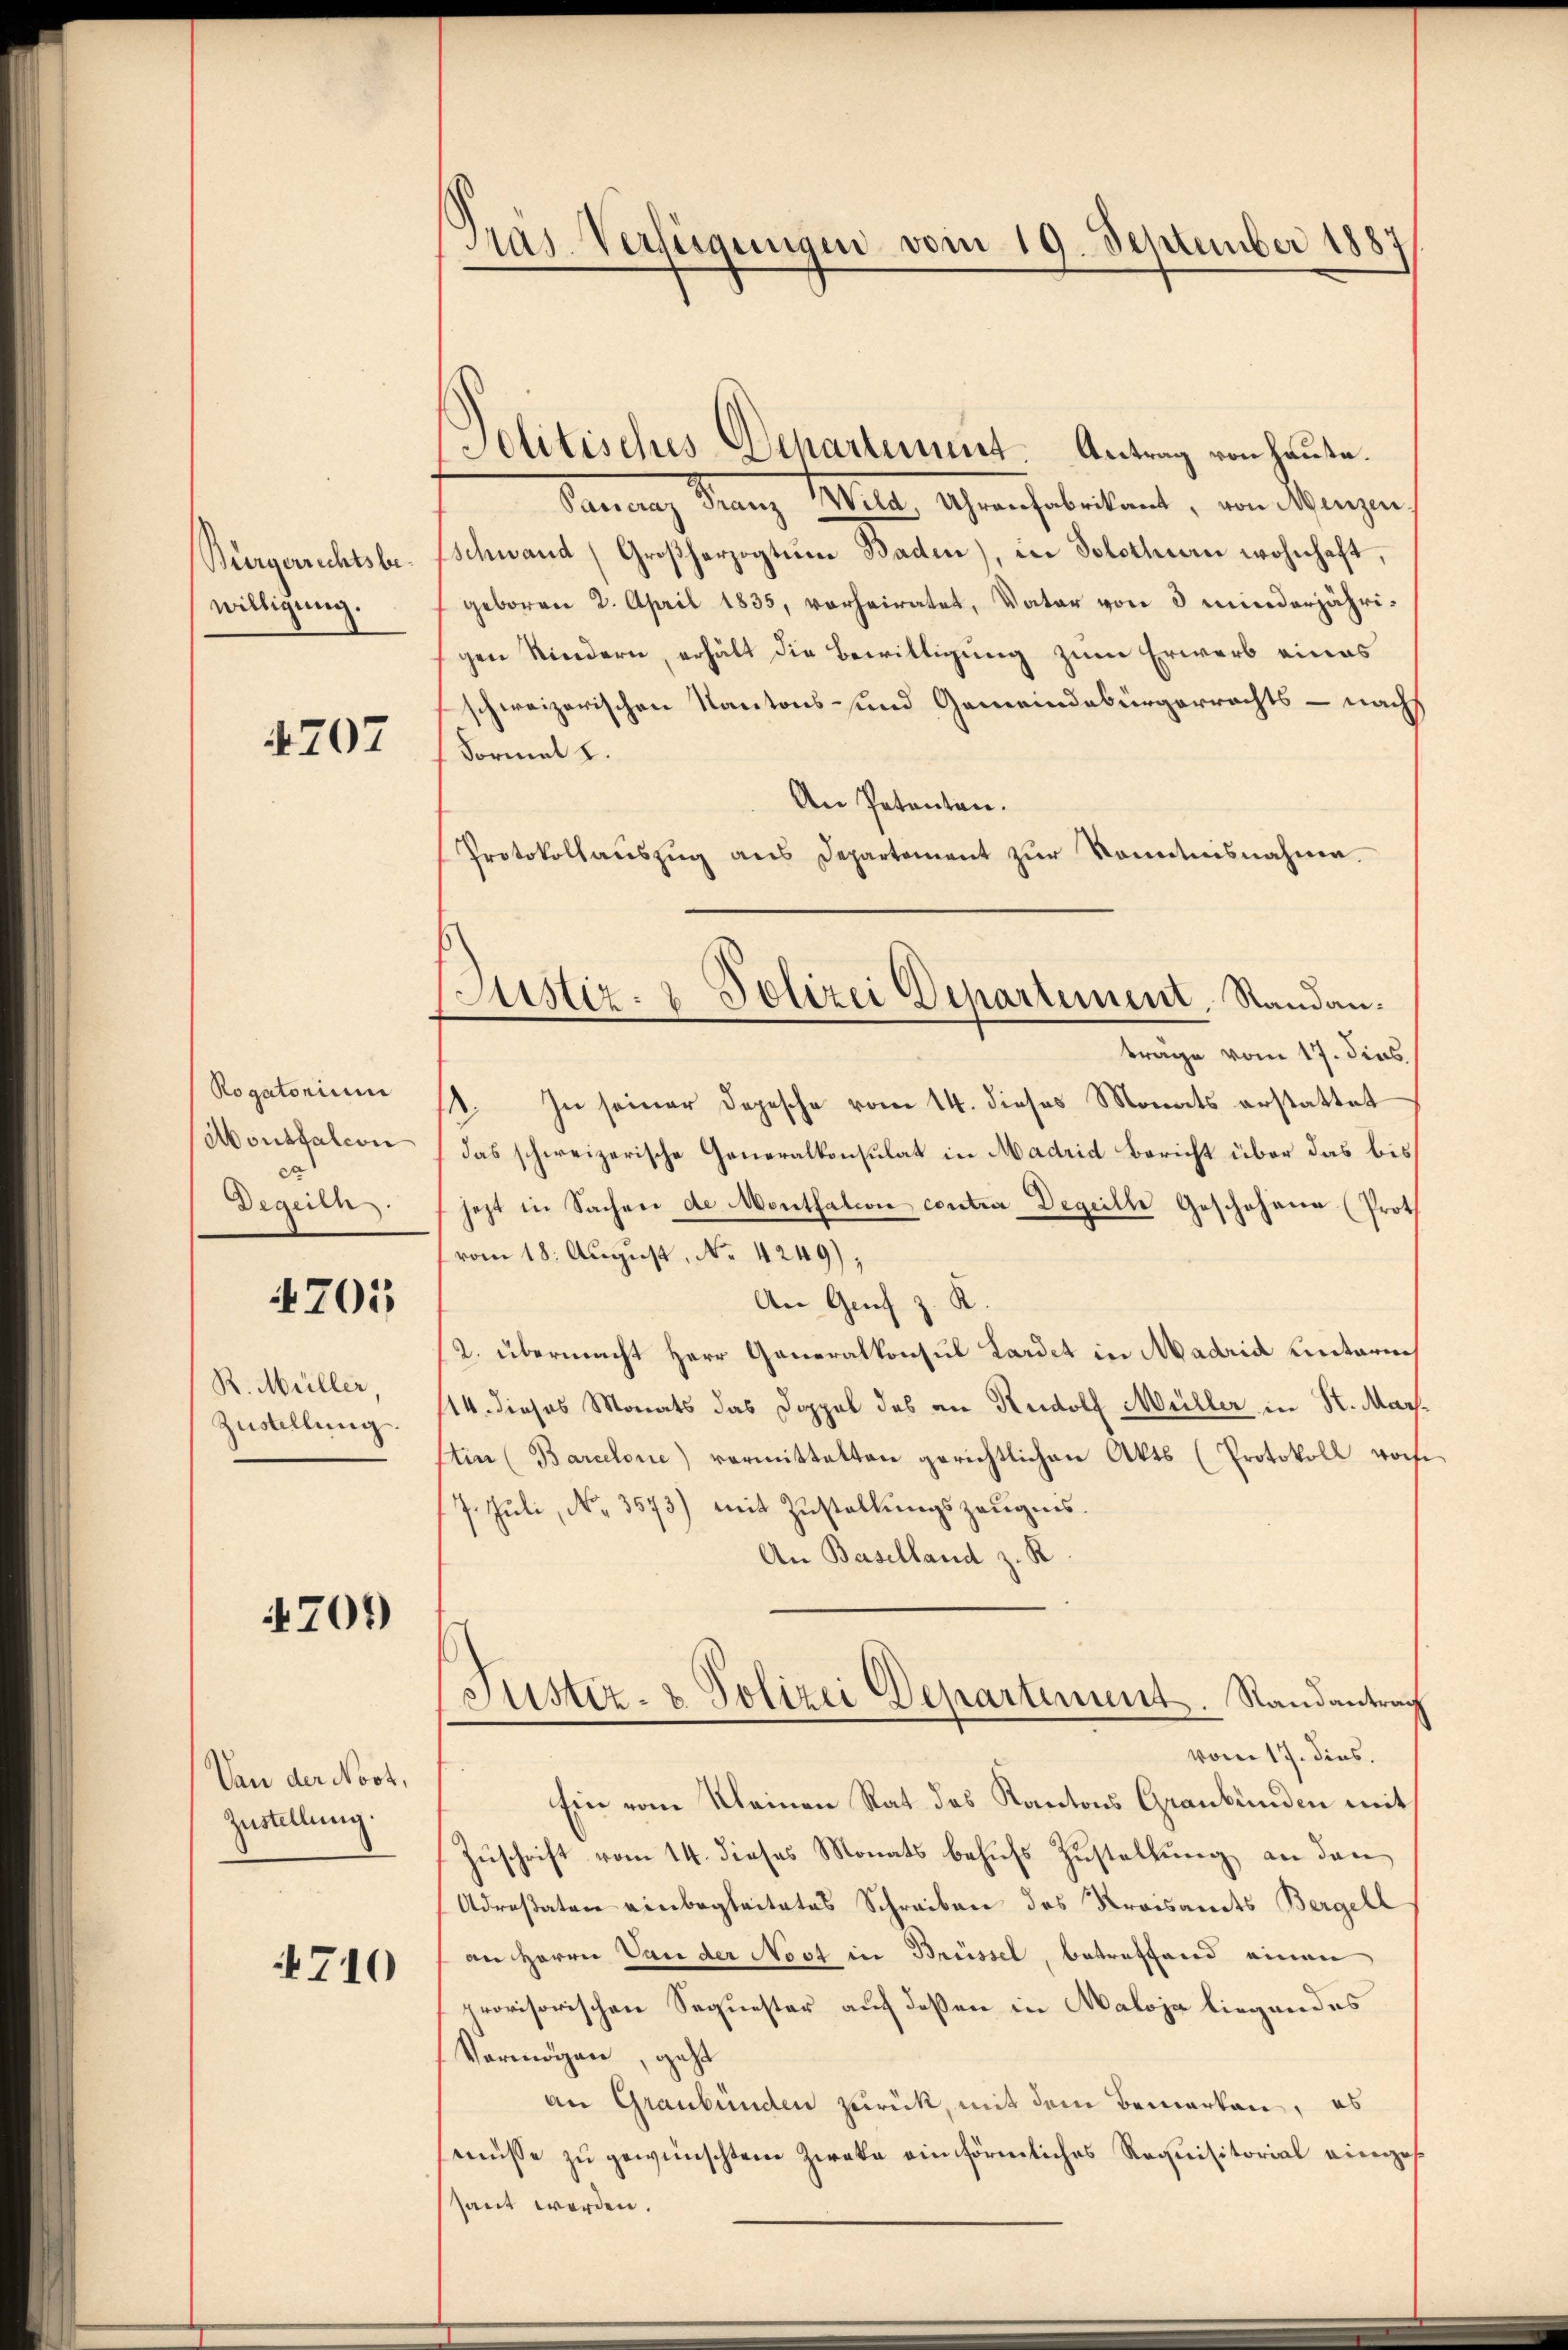
Bürgerrechtsbewilligung.

1707

Rogatorium
Monsfalcon
co
Degeith

4705

R. Müller
Zustellung.

4709

Van der Nost,
Zustellung.

4710

Pras Verfügungen vom 19. September 1887

ustiz- & Polizei Departement, Randanträge vom 17. dies

Politisches Departement. Antrag von Hause.
Jannung drang 11. Uhren haberkant, von Mangen.
Schwand Großherzogtŭm Baden), in Solothurn wohnhaft,
geboren 2. April 1835, vorheiratet, Vater von 3 minderjährigen Kindern, erhält die Bewilligung zum Erwerb eines
schweizerischen Kantons- und Gemeindebürgerrechts - nach
Formal u.
An Petenten.
Protokollaŭszŭg ans Departement zŭr Kenntnisnahme.
1. In seiner Depesche vom 14. dieses Monats erstattet
das schweizerische Generalkonsulat in Madrid Bericht über das bis
jezt in Sachen de Montfaltion contra Degeille Geschohann (Prot
vom 18. August, No 4249),
An Genf z. K.
2. übermacht Herr Generalkonsul Lardet in Madrid untermi
14. dieses Monats das Doppel des an Rudolf Müller in St. Marftin (Barcelone) vermittalten gerichtlichen Akts (Protokoll vorh
7. Juli, No. 3573) mit Zustellungszeugnis.
An Baselland z. R.
Justiz- & Polizei Departement. Randantrag
vom 17. dies.
Ein vom Kleinen Rat des Kantons Graubünden mit
Zuschrift vom 14. dieses Monats behufs Zustellung an den
Adrestator einbegleitetes Schreiben des Kreisamts Bergell
an Herrn Van der Nest in Brüssel, betreffend einen
provisorischen Sequester auf deßen in Maloja liegendes
Vermögen, geht
an Graubünden zurück, mit dem Bemerken, es
enüsse zu gewünschten Zieke ein förmliches Requisitorial einges
sant werden.